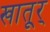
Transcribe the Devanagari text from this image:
खातूर्